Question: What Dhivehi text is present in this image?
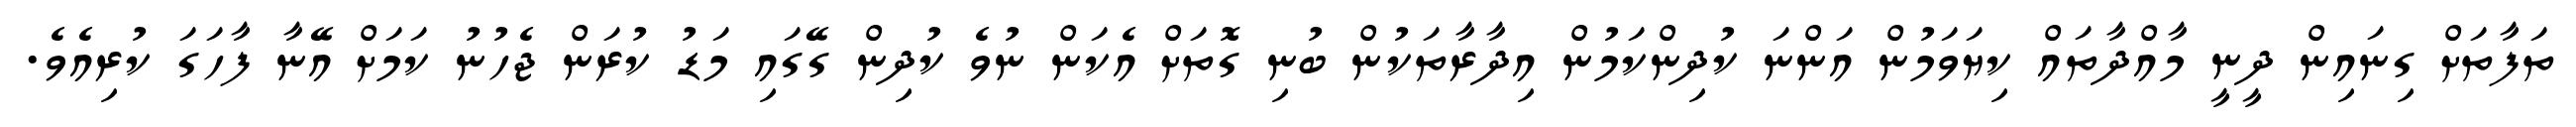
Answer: ތަފާތަށް ގިނައިން ދީނީ މާއްދާތައް ކިޔަވަމުން އަންނަ ކުދިންކަމުން އިދާރާތަކުން ބުނި ގޮތަށް އެކަން ނުވެ ކުދިން ގޭގައި މަޑު ކުރަން ޖެހުނު ކަމަށް އޭނާ ފާހަގަ ކުރިއެވެ.